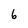
Character: 6